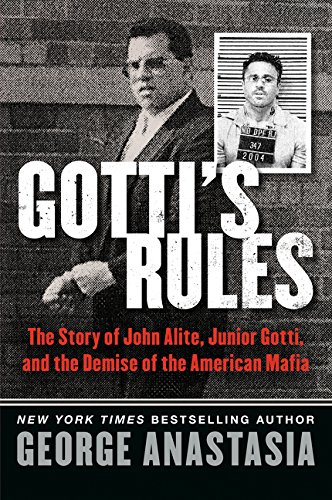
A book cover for Gotti's Rules: The Story of John Alite, Junior Gotti, and the Demise of the American Mafia; George Anastasia; Biographies & Memoirs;